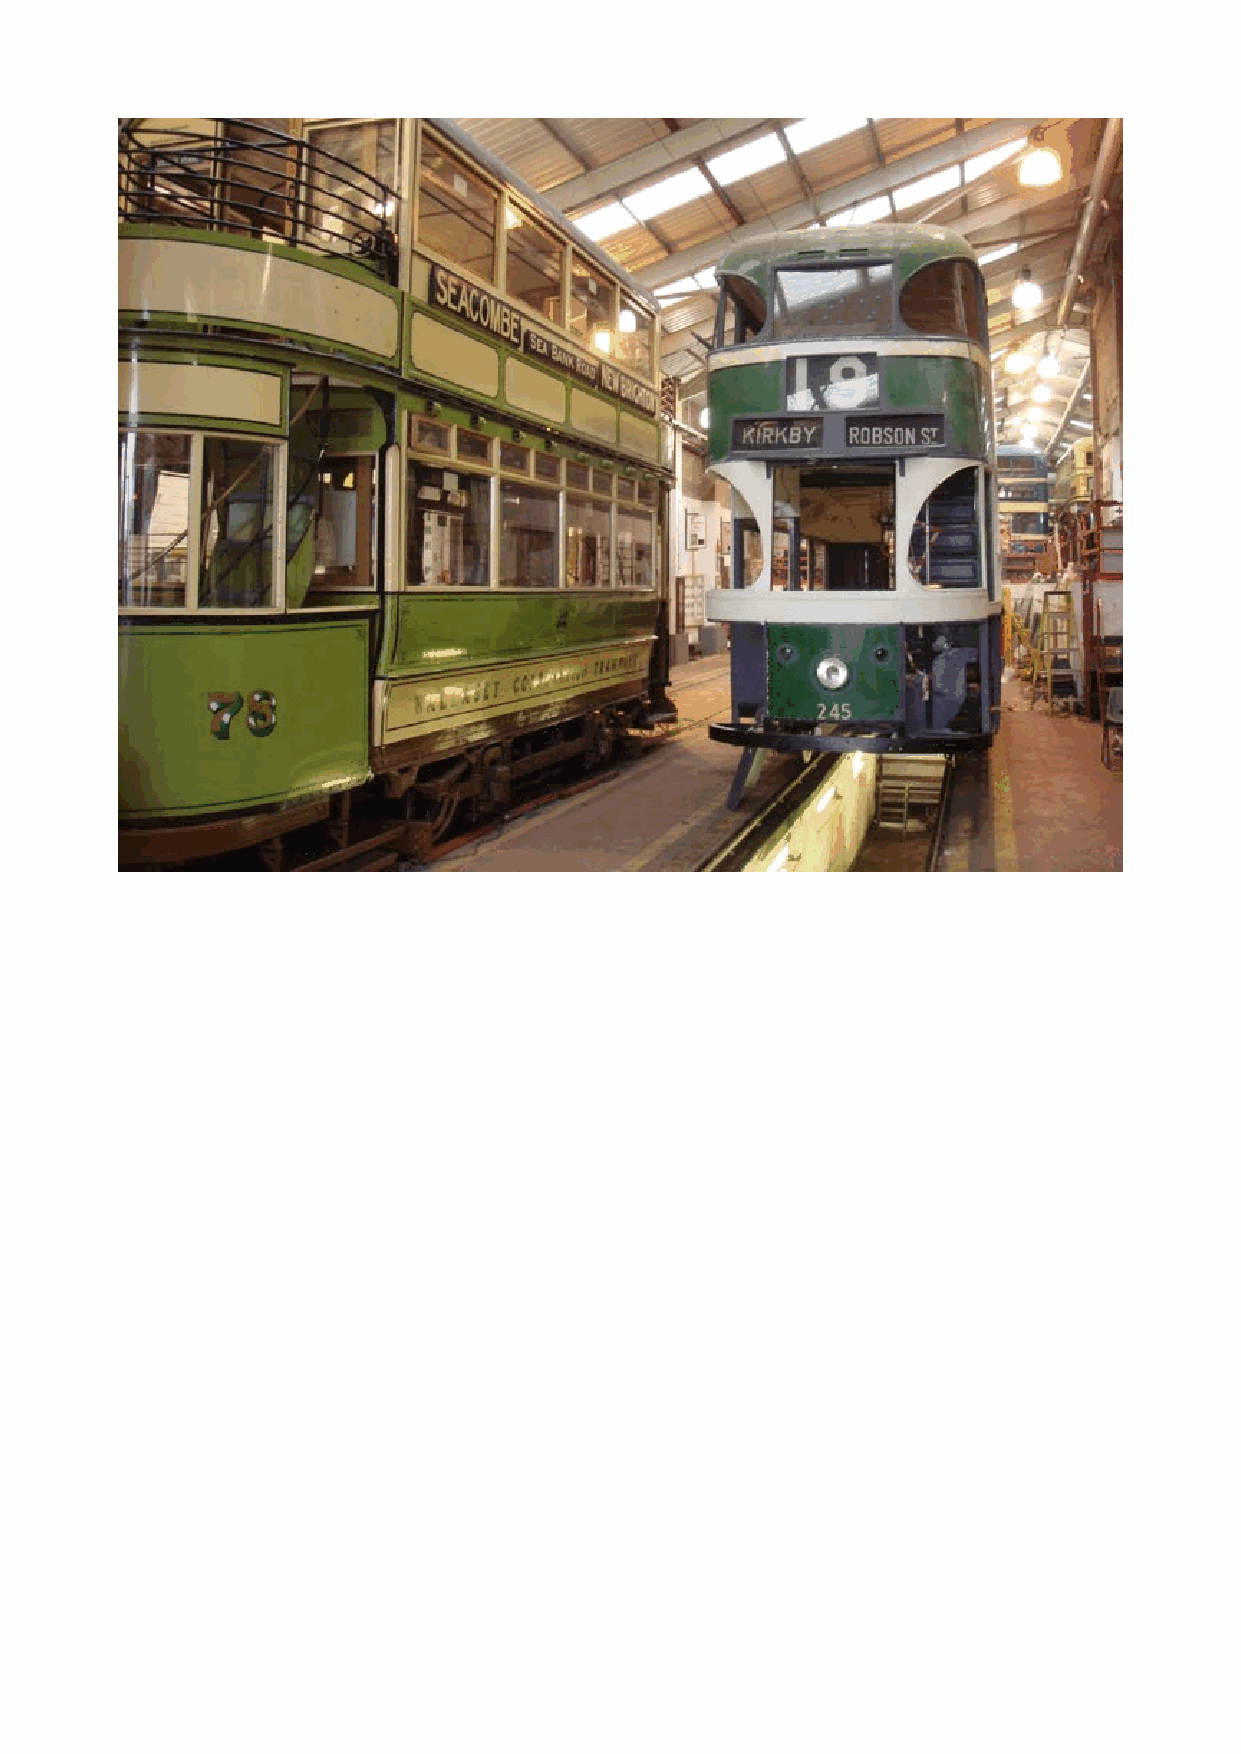
!                                !